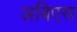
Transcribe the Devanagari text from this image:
अबिएस